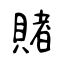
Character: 賭